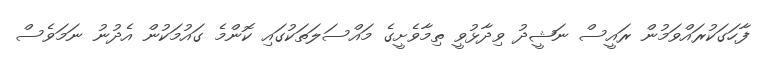
ފާހަގަކުރައްވަމުން ރައީސް ނަޝީދު ވިދާޅުވީ ތިމާވެށީގެ މައްސަލަތަކުގައި ކޮންމެ ގައުމަކުން އެދުނު ނަމަވެސް